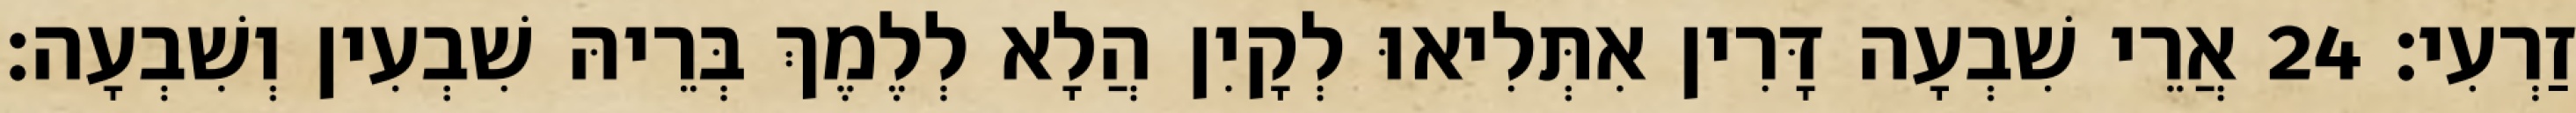
זַרְעִי׃ 24 אֲרֵי שִׁבְעָה דָּרִין אִתְּלִיאוּ לְקָיִן הֲלָא לְלֶמֶךְ בְּרֵיהּ שִׁבְעִין וְשִׁבְעָה׃